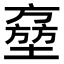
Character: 𡑔